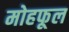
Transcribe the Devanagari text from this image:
मोहफूल